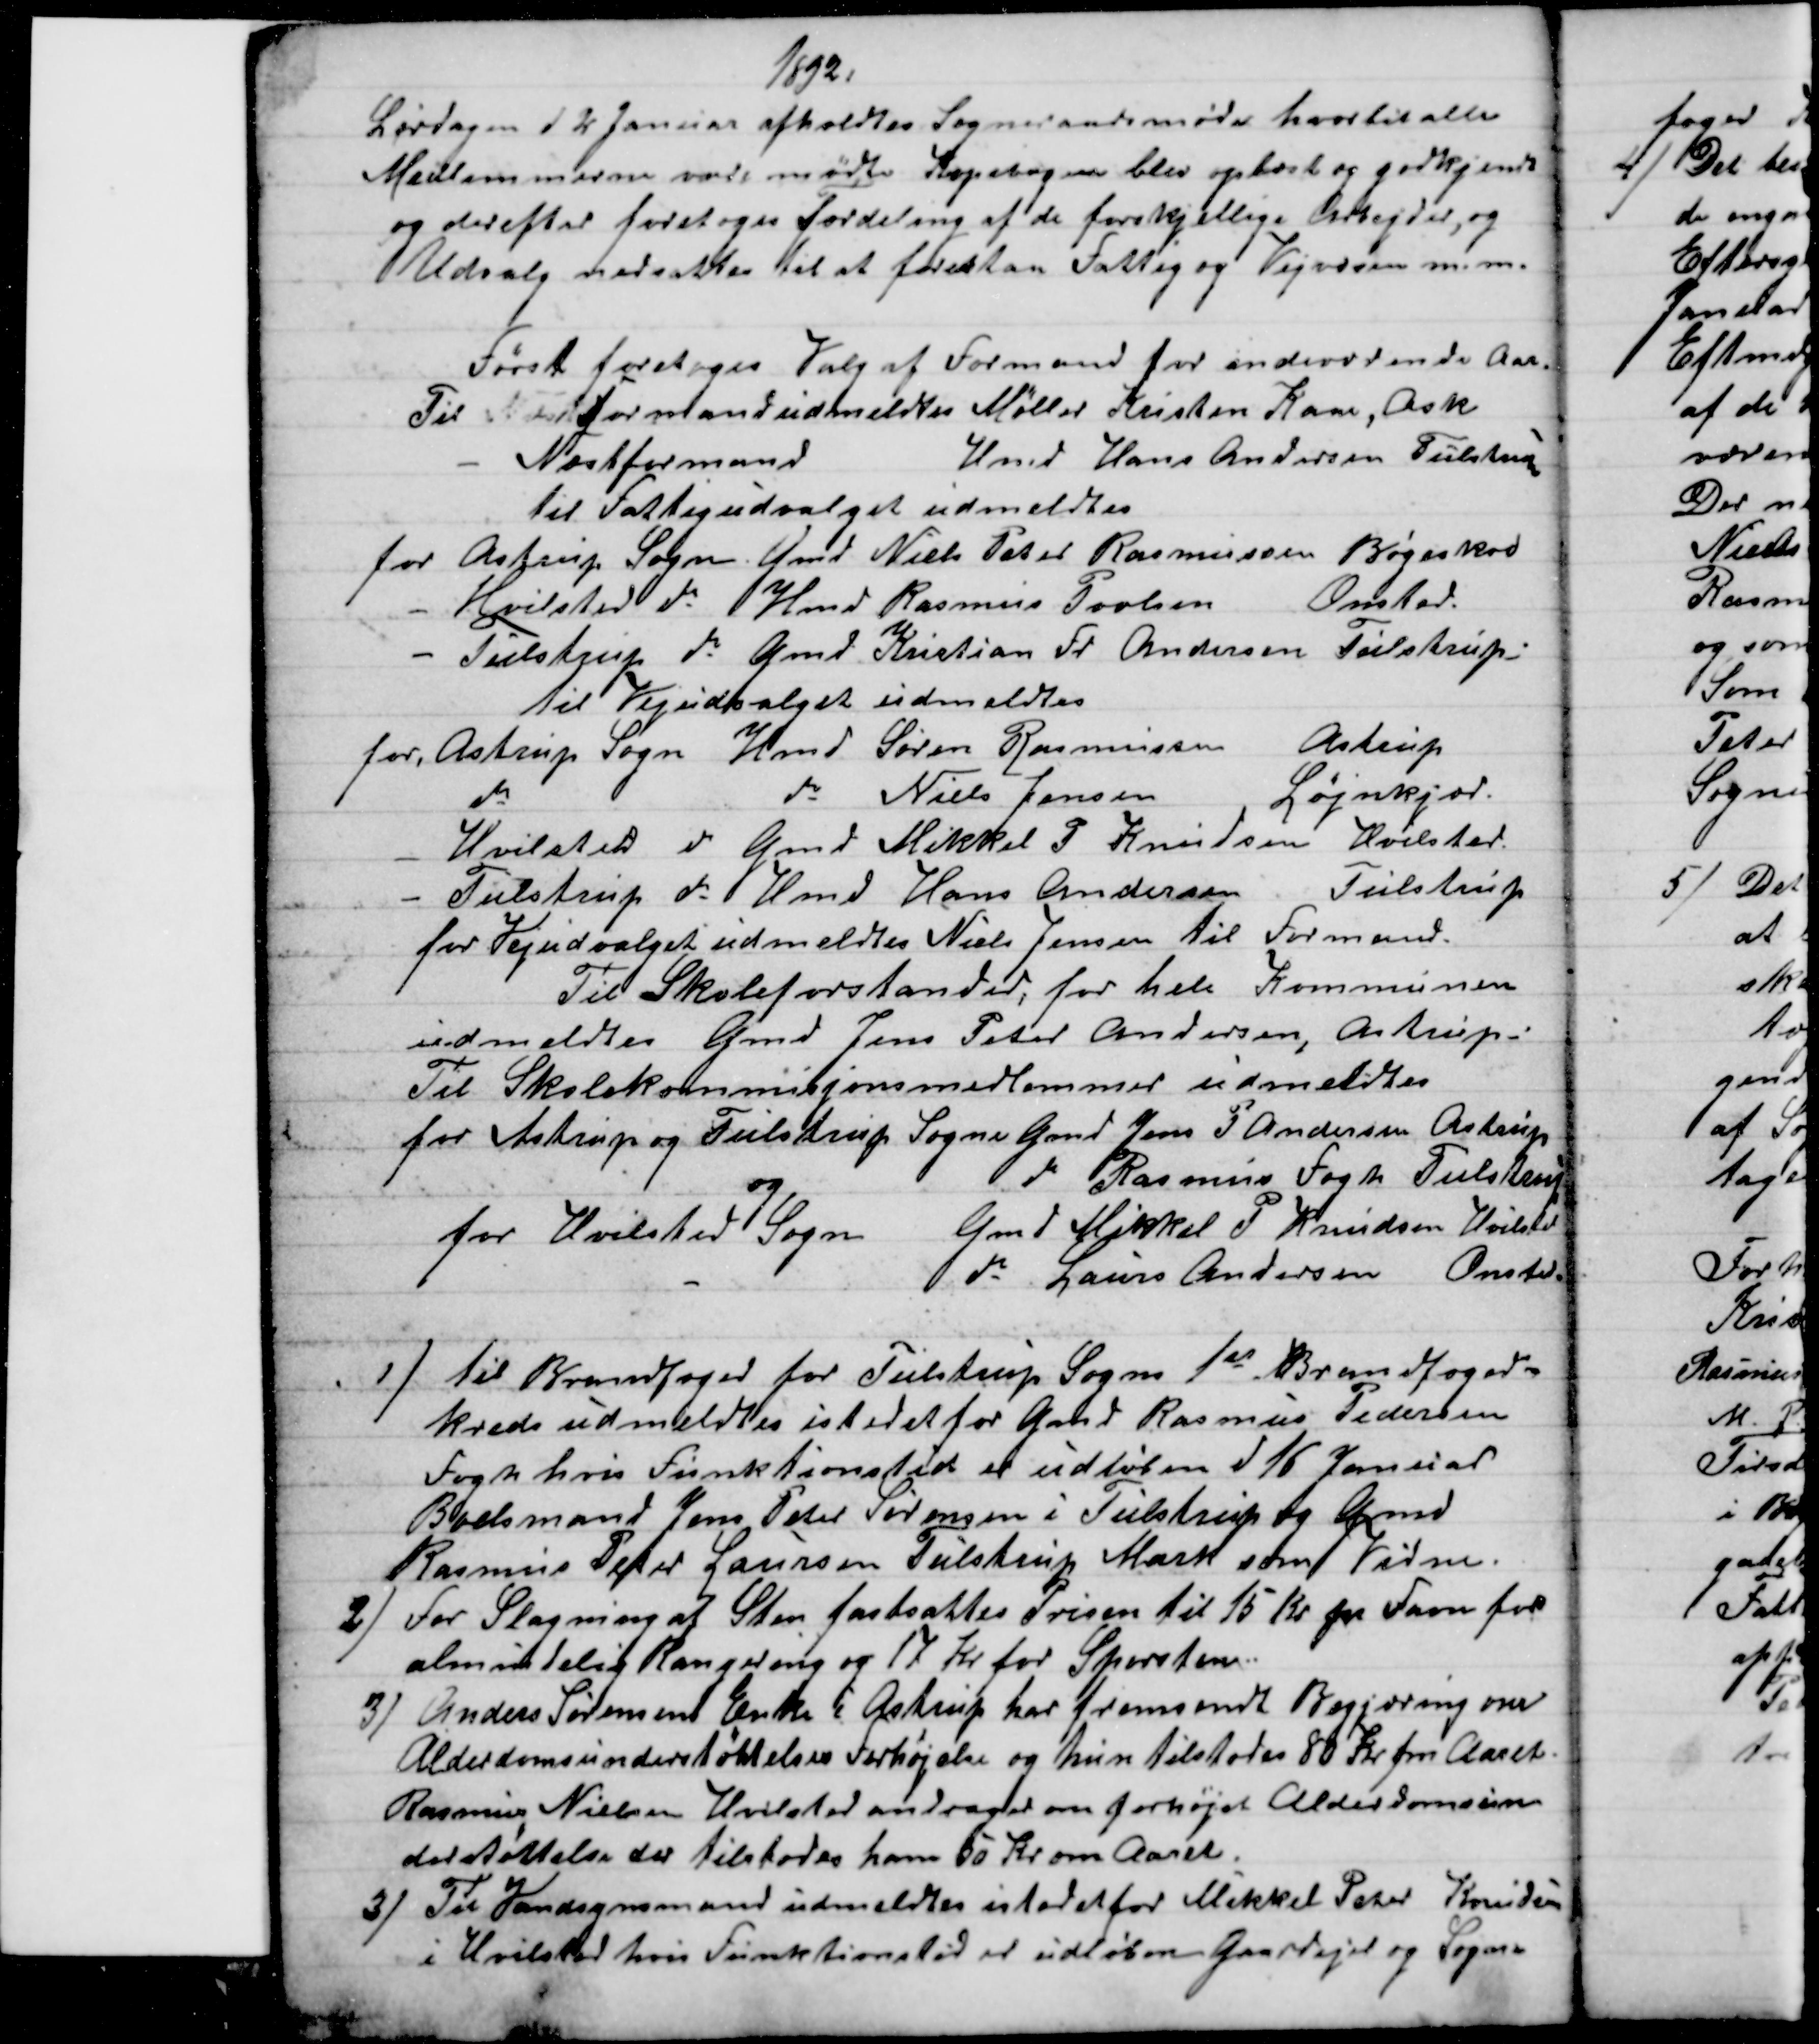
Transskription:
1892.
Lørdagen d 2 Januar afholdtes Sogneraadsmøde hvortil alle
Medlemmerne vare mødte Kopibogen blev oplæst og godkjendt
og derefter foretoges Fordeling af de forskjellige Arbejder, og
Udvalg nedsattes til at forestaa Fattig og Vejvæsen m. m.
Først foretoges Valg af Formand for indeværende Aar.
Til NæstFormand udmeldtes Møller Kristen Kaae, Ask
-
Næstformand
Hmd Hans Andersen Tulstrup
til Fattigudvalget udmeldtes
for Astrup Sogn. Gmd Niels Peter Rasmussen Bøgeskov
- Hvilsted do  Hmd Rasmus Povlsen Onsted.
- Tulstrup do Gmd Kristian Fr. Andersen Tulstrup:
til Vejudvalget udmeldtes
for, Astrup Sogn Hmd Søren Rasmussen
Astrup
do
do Niels Jensen
Løjnkjær.
- Hvilsted do Gmd Mikkel F Knudsen Hvilsted.
- Tulstrup do Hmd Hans Andersen
Tulstrup
for Vejudvalget udmeldtes Niels Jensen til Formand.
Til Skoleforstander, for hele Kommunen
udmeldtes Gmd Jens Peter Andersen, Astrup
Til Skolekommisjonsmedlemmer udmeldtes
for Astrup og Tulstrup Sogne Gmd Jens P Andersen, Astrup
og
do Rasmus Fogh Tulstrup
for Hvilsted Sogn
Gmd Mikkel P Knudsen Hvilsted
-
do Laurs Andersen Onsted.
1)
til Brandfoged for Tulstrup Sogns 1st Brandfoged-
kreds udmeldtes istedet for Gmd Rasmus Pedersen
Fogh hvis Funktionstid er udløben d 16 Januar
Boelsmand Jens Peter Sørensen i Tulstrup og Gmd
Rasmus Peter Laursen Tulstrup Mark som Vidne.
2) 
For Slagning af Sten fastsattes Prisen til 15 Kr pr Favn for
almindelig Rangering og 17 Kr for Sporsten.
3) 
Anders Sørensens Enke i Astrup har fremsendt Begjæring om
Alderdomsunderstøttelses Forhøjelse og hun tilstodes 80 Kr. om Aaret.
Rasmus Nielsen Hvilsted andrager om forhøjet Alderdomsun
derstøttelse der tilstodes ham 50 Kr om Aaret.
3)
Til Vandsynsmand udmeldtes istedetfor Mikkel Peter Knudsen
i Hvilsted hvis Funktionstid er udløben Gaardejer og Sogne-